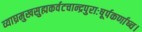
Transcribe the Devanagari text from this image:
व्याघ्रमुखसुह्मकर्वटचान्द्रपुराःषूर्पकर्णाष्च।